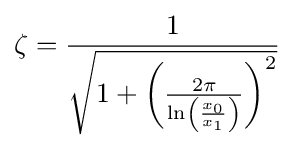
\zeta ={\frac {1}{\sqrt {1+\left({\frac {2\pi }{\ln \left({\frac {x_{0}}{x_{1}}}\right)}}\right)^{2}}}}